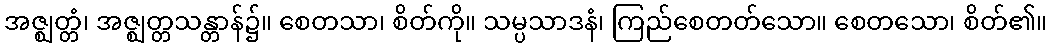
အဇ္ဈတ္တံ၊ အဇ္ဈတ္တသန္တာန်၌။ စေတသာ၊ စိတ်ကို။ သမ္ပသာဒနံ၊ ကြည်စေတတ်သော။ စေတသော၊ စိတ်၏။